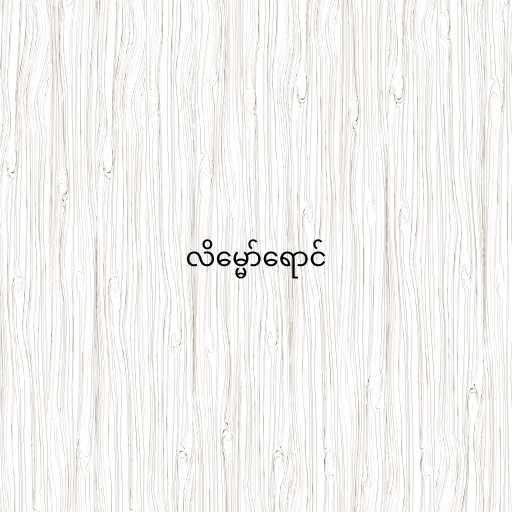
လိမ္မော်ရောင်